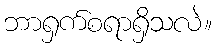
ဘာရှက်စရာရှိသလဲ။